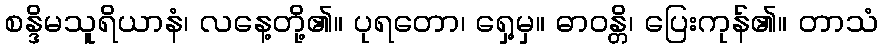
စန္ဒိမသူရိယာနံ၊ လနေ့တို့၏။ ပုရတော၊ ရှေ့မှ။ ဓာဝန္တိ၊ ပြေးကုန်၏။ တာသံ